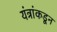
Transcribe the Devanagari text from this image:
यंत्रांकडून